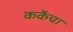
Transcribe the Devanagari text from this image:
कर्केचा